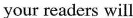
your readers will